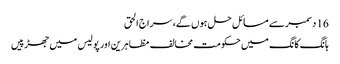
16 دسمبر سے مسائل حل ہوں گے، سراج الحق
ہانگ کانگ میں حکومت مخالف مظاہرین اور پولیس میں جھڑپیں